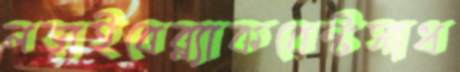
লড়াইবেব্ল্যাকবেল্টসাধ